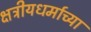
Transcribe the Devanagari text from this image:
क्षत्रीयधर्माच्या